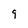
Character: 9